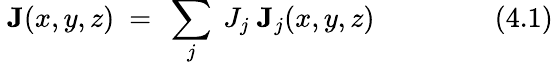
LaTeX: ~\mathbf{J}(x,y,z)~=~\sum_{j}~J_{j}~\mathbf{J}_{j}(x,y,z)~~~~~~~~~~~~~~~~~(4.1)